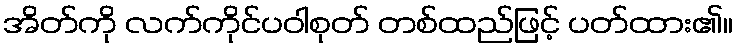
အိတ်ကို လက်ကိုင်ပဝါစုတ် တစ်ထည်ဖြင့် ပတ်ထား၏။